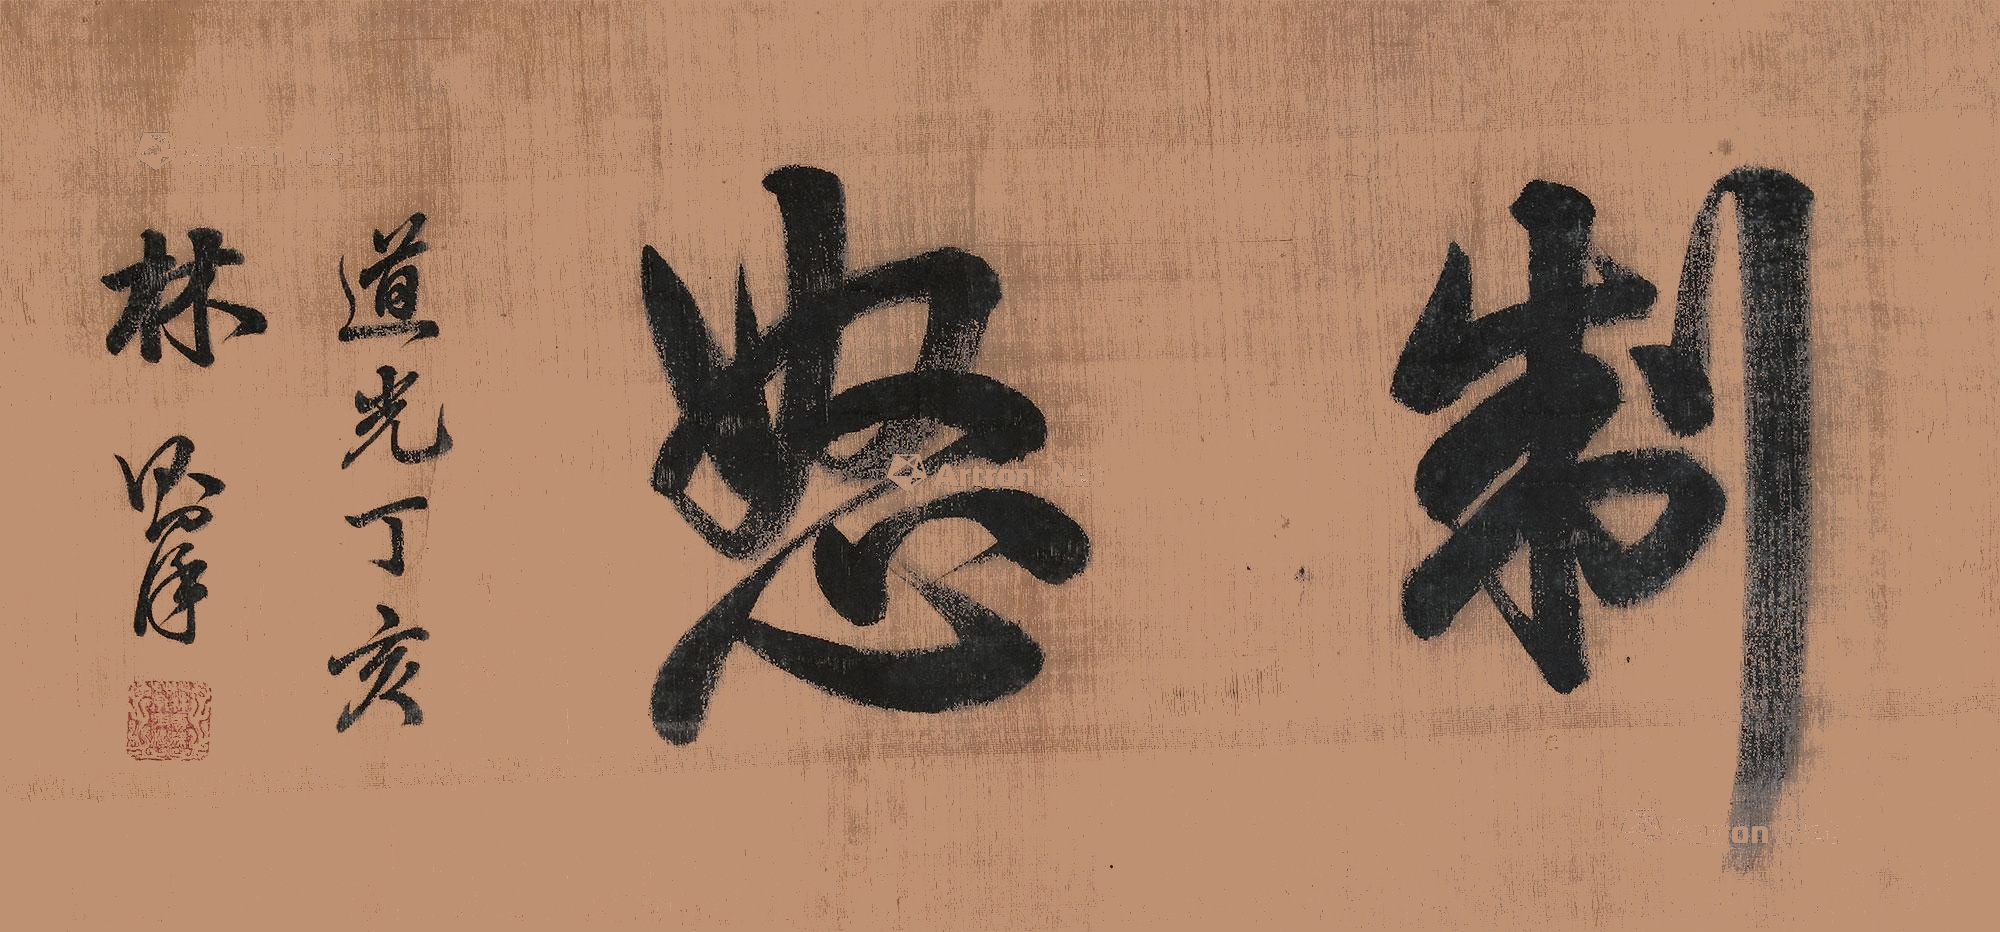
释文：制怒道光丁亥，林则徐。